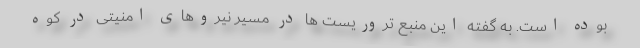
بوده است. به گفته این منبع تروریست ها در مسیر نیروهای امنیتی در کوه